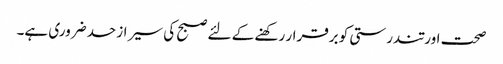
صحت اور تندرستی کو برقرار رکھنے کے لئے صبح کی سیر ازحد ضروری ہے۔